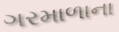
ગરમાળાના